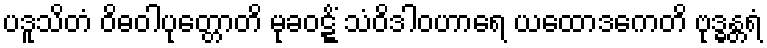
ပဒူသိတံ ဝိဓဝါပုတ္တောတိ မုခဝဋ္ဋိံ သံဝိဒါဝဟာရေ ယထောဒကေတိ ဗုဒ္ဓန္တရံ